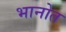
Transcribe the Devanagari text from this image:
भानोत